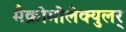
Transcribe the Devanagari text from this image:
मैक्रोमोलेक्युलर्